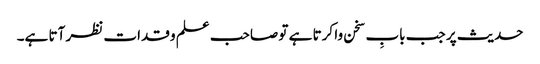
حدیث پر جب بابِ سخن وا کرتا ہے تو صاحب علم و قدات نظر آتا ہے۔